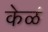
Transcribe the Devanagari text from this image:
केळं